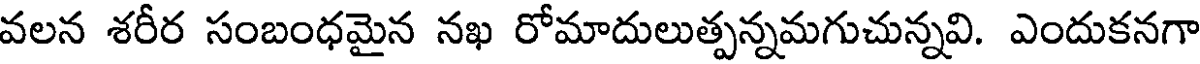
వలన శరీర సంబంధమైన నఖ రోమాదులుత్పన్నమగుచున్నవి. ఎందుకనగా